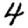
Digit: 4